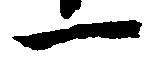
一